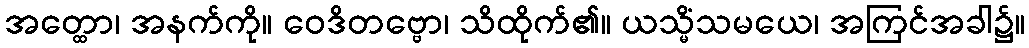
အတ္ထော၊ အနက်ကို။ ဝေဒိတဗ္ဗော၊ သိထိုက်၏။ ယသ္မိံသမယေ၊ အကြင်အခါ၌။